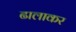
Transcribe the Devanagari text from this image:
ढालाकर